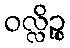
ဝလ္လိဉ္စ